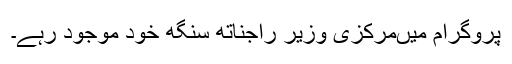
پروگرام میںمرکزی وزیر راجناتھ سنگھ خود موجود رہے۔